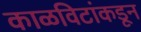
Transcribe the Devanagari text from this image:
काळविटांकडून